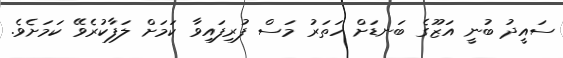
ސައީދު ބުނީ އަޒޫގެ ބަނޑަށް ހަތަރު މަސް ފުރިފައިވާ ކަމަށް ލަފާކުރެވޭ ކަމަށެވެ.